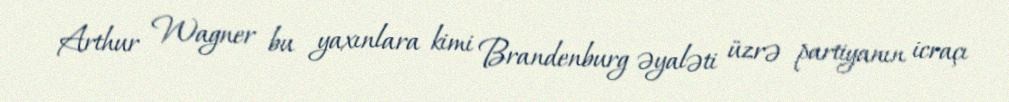
Arthur Wagner bu yaxınlara kimi Brandenburg əyaləti üzrə partiyanın icraçı